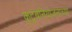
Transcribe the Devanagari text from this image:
कुटुंबनियोजनाच्या